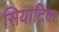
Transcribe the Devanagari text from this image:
सियाटिक